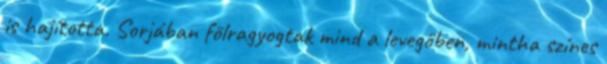
is hajította. Sorjában fölragyogtak mind a levegőben, mintha színes